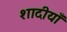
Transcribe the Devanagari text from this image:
शादीयाँ